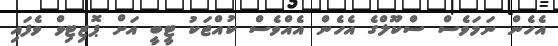
އެހެން ނަމަވެސް ސްކޫލްގެ އެހެން އެއްވެސް ކުއްޖަކު ޓީބީ އަށް ޕޮޒިޓިވް ވެފައި